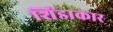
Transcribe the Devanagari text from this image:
शिंडाकार